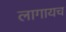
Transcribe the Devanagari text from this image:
लागायच